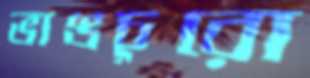
ভাঙচুরো